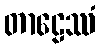
တာဠေဿံ